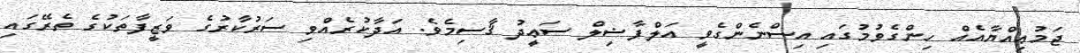
ޖަމުޢިއްޔާއެއް ހިންގެވުމުގައި އިސްނެންގެވީ އަލްފާޟިލް ސަޢީދު ޤާސިމެވެ. އަދާކުރެއްވި ސަރުކާރުގެ ވަޒީފާތަކުގެ ތެރޭގައި